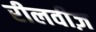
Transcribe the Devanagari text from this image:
रीलवीज़